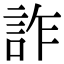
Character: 詐